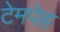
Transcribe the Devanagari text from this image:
टेमपेह